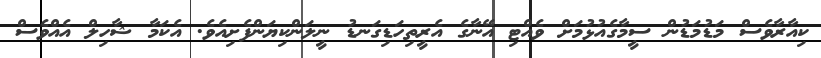
ކިއާރާވެސް މަޑުމަޑުން ސީމާގެއުޅުމަށް ވެއްޓި އޭނާގެ އެރީތިހަޑިގަނޑު ނީލަންކިޔަންފެށިއެވެ. އެކަމާ ޝާހިލް އެއްވެސް